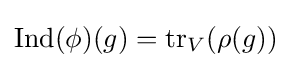
{\text{Ind}}(\phi )(g)={\text{tr}}_{V}(\rho (g))